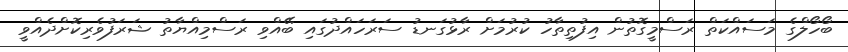
ބޯހޯލްގެ މަސައްކަތް ރަސްމީގޮތުން އިފުތިތާހު ކުރުމަށް ރާޅުގަނޑު ސަރަހައްދުގައި ބޭއްވި ރަސްމިއްޔާތު ޝަރަފުވެރިކޮށްދެއްވީ